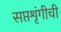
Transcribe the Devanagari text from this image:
सप्तशृंगीची